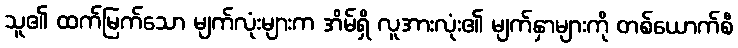
သူ၏ ထက်မြက်သော မျက်လုံးများက အိမ်ရှိ လူအားလုံး၏ မျက်နှာများကို တစ်ယောက်စီ